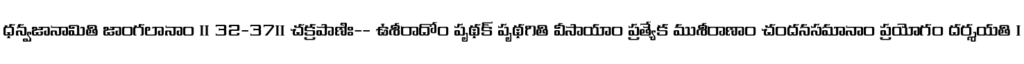
ధన్వజానామితి జాంగలానాం ॥ 32-37॥ చక్రపాణిః-- ఉశీరాదోం పృథక్ పృథగితి వీసాయాం ప్రత్యేక ముశీరాణాం చందనసమానాం ప్రయోగం దర్శయతి ।